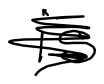
Text: is
Cross-out: scratch
Writing tool: digital_black